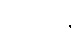
သာရန္တိ